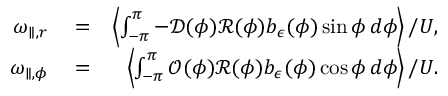
\begin{array} { r l r } { \omega _ { \parallel , r } } & { { } = } & { \left\langle \int _ { - \pi } ^ { \pi } - \mathcal { D } ( \phi ) \mathcal { R } ( \phi ) b _ { \epsilon } ( \phi ) \sin \phi \, d \phi \right\rangle / U , } \\ { \omega _ { \parallel , \phi } } & { { } = } & { \left\langle \int _ { - \pi } ^ { \pi } \mathcal { O } ( \phi ) \mathcal { R } ( \phi ) b _ { \epsilon } ( \phi ) \cos \phi \, d \phi \right\rangle / U . } \end{array}